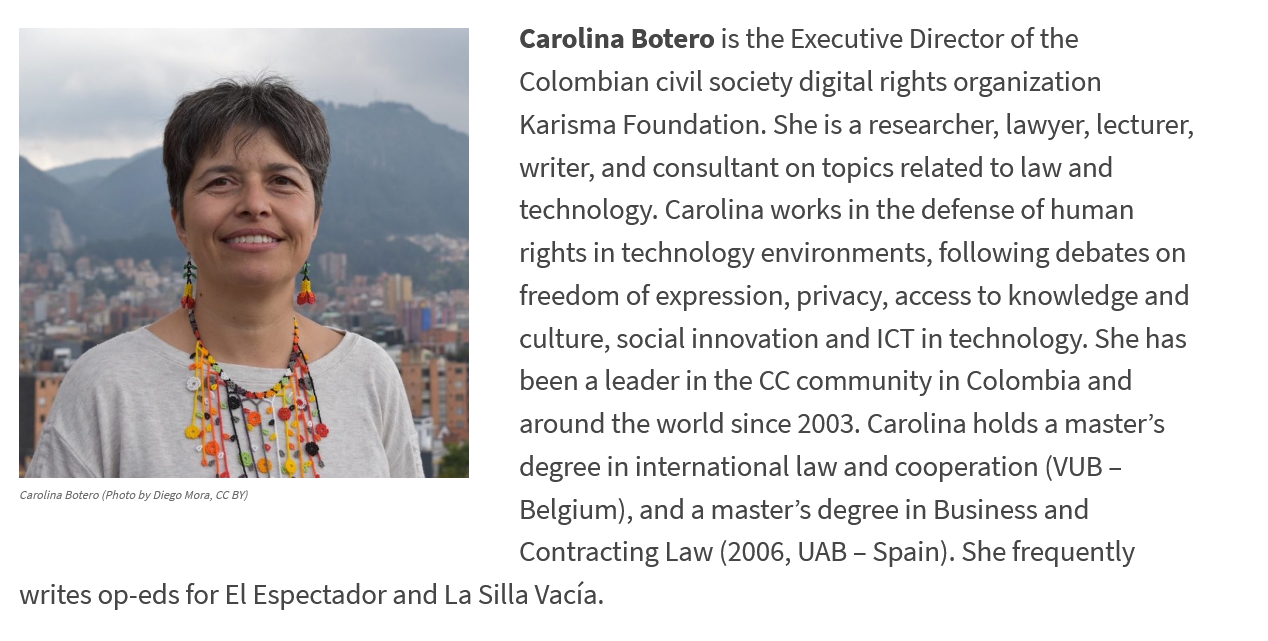
Carolina Botero (Photo by Diego Mora, CC BY)
  writes op-eds for El Espectador and La Silla Vacia.
     Carolina Botero is the Executive Director of the
     Colombian civil society digital rights organization
     Karisma Foundation. She is a researcher, lawyer, lecturer,
     writer, and consultant on topics related to law and
     technology. Carolina works in the defense of human
     rights in technology environments, following debates on
     freedom of expression, privacy, access to knowledge and
     culture, social innovation and ICT in technology. She has
     been a leader in the CC community in Colombia and
     around the world since 2003. Carolina holds a master’s
     degree in international law and cooperation (VUB
     -
     Belgium), and a master’s degree in Business and
     Contracting Law (2006, UAB - Spain). She frequently